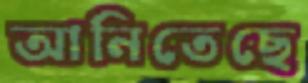
আনিতেছে